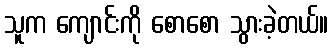
သူက ကျောင်းကို စောစော သွားခဲ့တယ်။